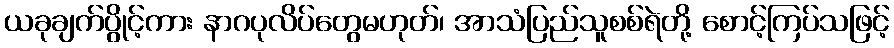
ယခုချက်ပွိုင့်ကား နာဂပုလိပ်တွေမဟုတ်၊ အာသံပြည်သူစစ်ရဲတို့ စောင့်ကြပ်သဖြင့်